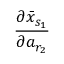
\frac { \partial \bar { x } _ { s _ { 1 } } } { \partial a _ { r _ { 2 } } }